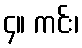
၄။ ကင်း၊